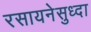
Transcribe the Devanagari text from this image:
रसायनेसुध्दा